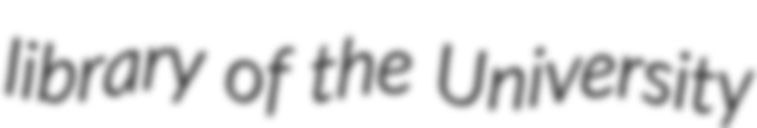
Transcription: library of the University